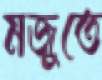
মজুতে